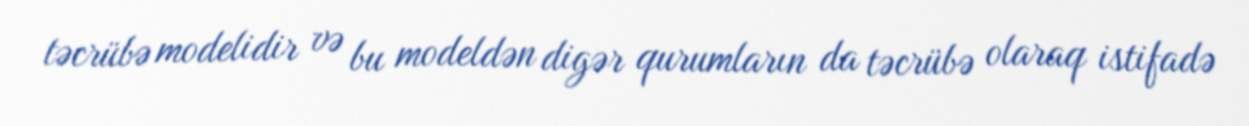
təcrübə modelidir və bu modeldən digər qurumların da təcrübə olaraq istifadə